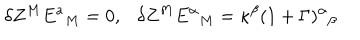
\delta Z ^ { M } E ^ { a } { } _ { M } = 0 , \delta Z ^ { M } E ^ { \alpha } { } _ { M } = \kappa ^ { \beta } ( 1 + \Gamma ) ^ { \alpha } { } _ { \beta }